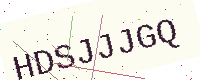
Text: HDSJJJGQ